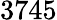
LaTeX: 3745